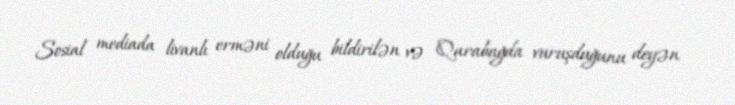
Sosial mediada livanlı erməni olduğu bildirilən və Qarabağda vuruşduğunu deyən